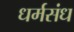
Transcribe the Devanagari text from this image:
धर्मसंध